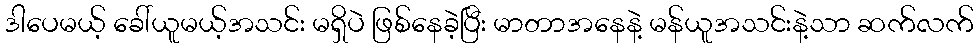
ဒါပေမယ့် ခေါ်ယူမယ့်အသင်း မရှိပဲ ဖြစ်နေခဲ့ပြီး မာတာအနေနဲ့ မန်ယူအသင်းနဲ့သာ ဆက်လက်